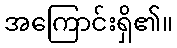
အကြောင်းရှိ၏။